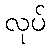
လုပ်